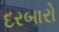
દરબારો